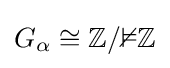
G_{\alpha }\cong \mathbb {Z/2Z}